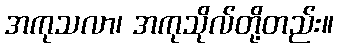
အကုသလာ၊ အကုသိုလ်တို့တည်း။